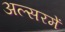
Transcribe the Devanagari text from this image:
अल्सरमें